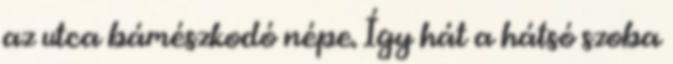
az utca bámészkodó népe. Így hát a hátsó szoba